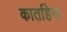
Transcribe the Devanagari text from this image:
कार्ताहेना